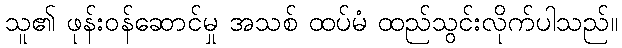
သူ၏ ဖုန်းဝန်ဆောင်မှု အသစ် ထပ်မံ ထည်သွင်းလိုက်ပါသည်။